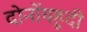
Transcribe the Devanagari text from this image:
दोनोंयहूदी